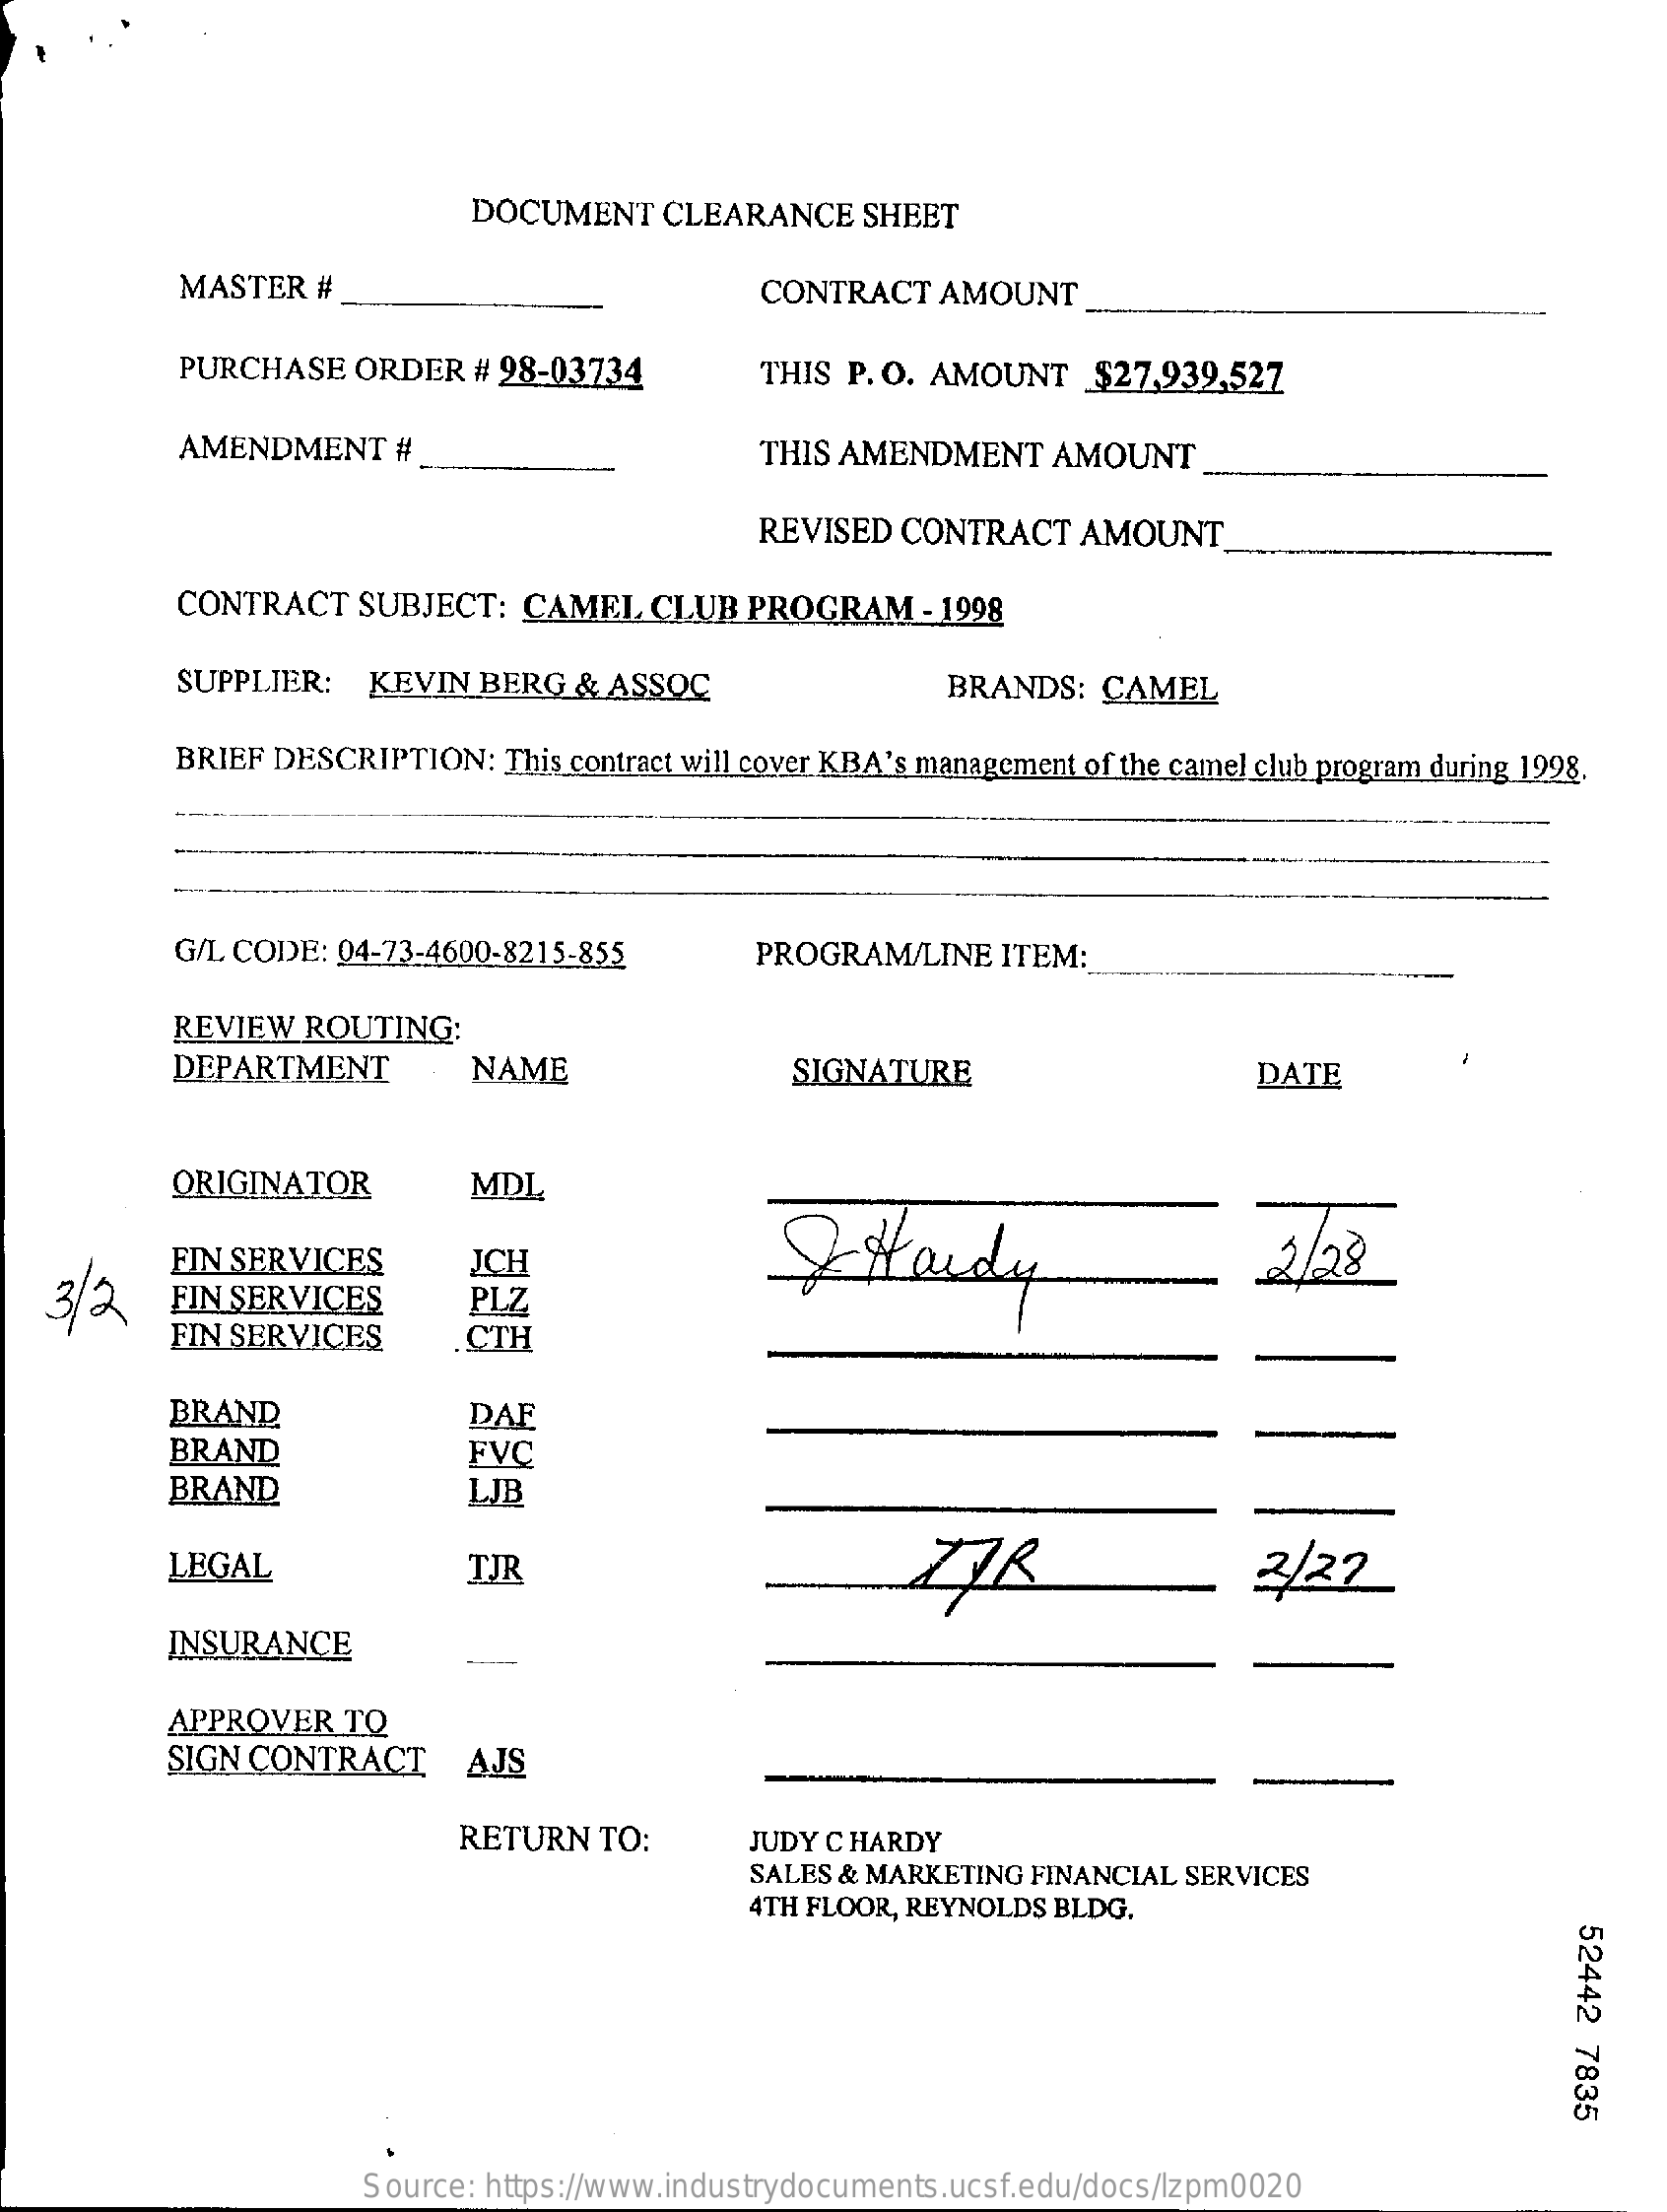
DOCUMENT   CLEARANCE   SHEET
     MASTER  #    CONTRACT   AMOUNT
     PURCHASE  ORDER  # 98-03734    THIS P. O. AMOUNT   $27,939,527
     AMENDMENT    #    THIS AMENDMENT   AMOUNT
     REVISED CONTRACT   AMOUNT
     CONTRACT   SUBJECT: CAMEL   CLUB  PROGRAM   - 1998
     SUPPLIER:  KEVIN  BERG  & ASSOC    BRANDS:  CAMEL
     BRIEF DESCRIPTION: This contract will cover KBA's management of the camel club program during 1998.
     G/L CODE: 04-73-4600-8215-855    PROGRAM/LINE  ITEM:
     REVIEW ROUTING:
     DEPARTMENT    NAME    SIGNATURE    DATE
     ORIGINATOR    MDL
   3/2
     QHardy    2/23 FIN SERVICES JCH
     FIN SERVICES    PLZ
     FIN SERVICES    CTH
     BRAND    DAE
     BRAND    FVC
     BRAND    LJB
     LEGAL    TJR    2/22
     INSURANCE
     -
     APPROVER  TO
     SIGN CONTRACT    AJS
     RETURN  TO:    JUDY C HARDY
     SALES & MARKETING FINANCIAL SERVICES
     4TH FLOOR, REYNOLDS BLDG.
     52442
     7835
     Source: https://www.industrydocuments.ucsf.edu/docs/lzpm0020